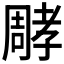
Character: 𡦝